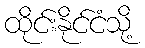
ထိုင်းနိုင်ငံသို့